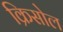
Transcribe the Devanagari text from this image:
क्रिसोल